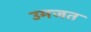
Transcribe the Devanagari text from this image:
उमजत